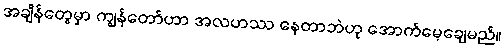
အချိန်တွေမှာ ကျွန်တော်ဟာ အလဟဿ နေတာဘဲဟု အောက်မေ့ချေမည်။